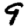
Digit: 9